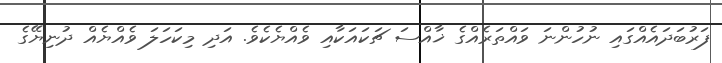
ފަރުބަދައެއްގައި ނުހުންނަ ވައްތަރެއްގެ ޚާއްސަ ޗަކައަކާއި ވެއްޔެކެވެ. އަދި މިކަހަލަ ވެއްޔެއް ދުނިޔޭގެ